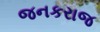
જનકરાજ